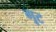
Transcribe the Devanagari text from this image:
गूट